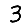
Digit: 3